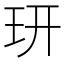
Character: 𤣿